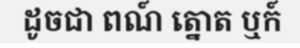
ដូចជា ពណ៍ ត្នោត ឬក៍